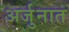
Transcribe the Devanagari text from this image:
अर्जुनात